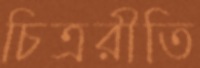
চিত্ররীতি